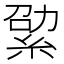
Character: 𦀧